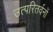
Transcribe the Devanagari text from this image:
उत्परितर्वनों